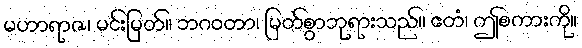
မဟာရာဇ၊ မင်းမြတ်။ ဘဂဝတာ၊ မြတ်စွာဘုရားသည်။ ဧတံ၊ ဤစကားကို။